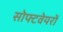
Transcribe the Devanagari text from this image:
सोफ्टवेयरों